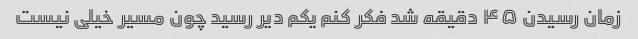
زمان رسیدن ۴۵ دقیقه شد فکر کنم یکم دیر رسید چون مسیر خیلی نیست